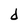
Character: d